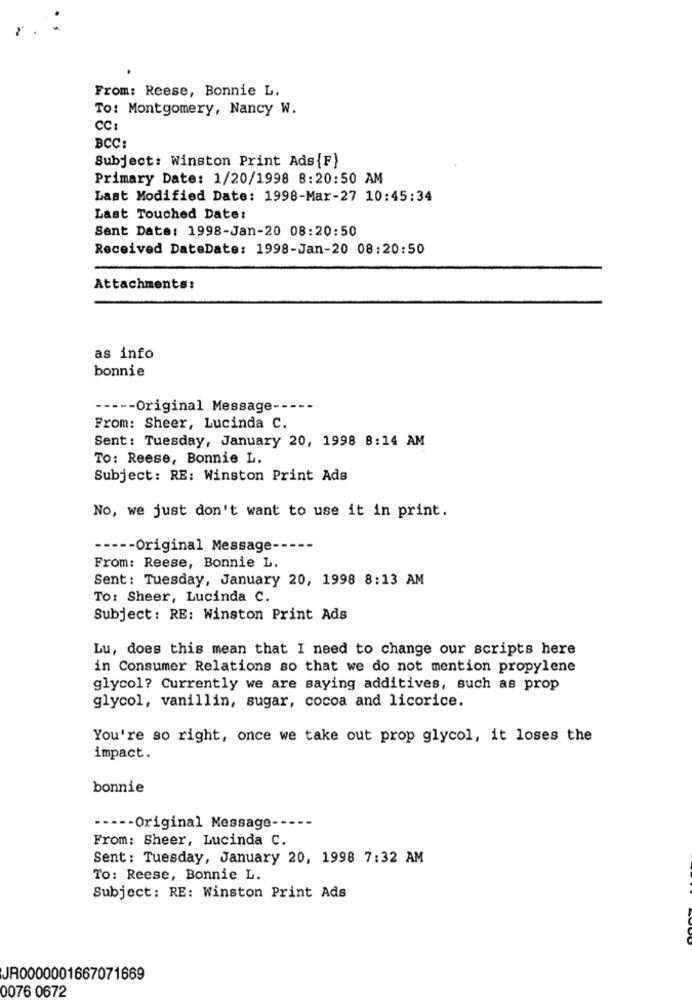
From: Reese, Bonnie L.
To: Montgomery, Nancy W.
CC
BCC:
Subject: Winston Print Ads{F}
Primary Date: 1/20/1998 8:20:50 AM
Last Modified Date: 1998-Mar-27 10:45:34
Last Touched Date:
Sent Date: 1998-Jan-20 08:20:50
Received DateDate: 1998-Jan-20 08:20:50
Attachments:
as info
bonnie
----- Original Message -----
From: Sheer, Lucinda C.
Sent: Tuesday, January 20, 1998 8:14 AM
To: Reese, Bonnie L.
Subject: RE: Winston Print Ads
No, we just don't want to use it in print.
----- Original Message --
From: Reese, Bonnie L.
Sent: Tuesday, January 20, 1998 8:13 AM
To: Sheer, Lucinda C.
Subject: RE: Winston Print Ads
Lu, does this mean that I need to change our scripts here
in Consumer Relations so that we do not mention propylene
glycol? Currently we are saying additives, such as prop
glycol, vanillin, sugar, cocoa and licorice.
You're so right, once we take out prop glycol, it loses the
impact.
bonnie
----- Original Message -----
From: Sheer, Lucinda C.
Sent: Tuesday, January 20, 1998 7:32 AM
To: Reese, Bonnie L.
Subject: RE: Winston Print Ads
JA0000001667071669
0076 0672